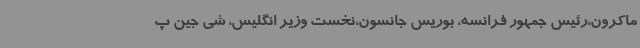
ماکرون،رئیس جمهور فرانسه، بوریس جانسون،نخست وزیر انگلیس، شی جین پ